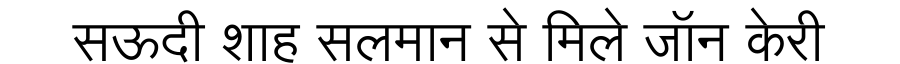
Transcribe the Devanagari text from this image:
सऊदी शाह सलमान से मिले जॉन केरी